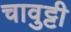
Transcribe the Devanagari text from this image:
चावुट्टी